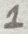
Text: 1